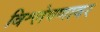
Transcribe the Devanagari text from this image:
विश्लेषणावर